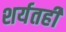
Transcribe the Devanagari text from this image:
शर्यतही